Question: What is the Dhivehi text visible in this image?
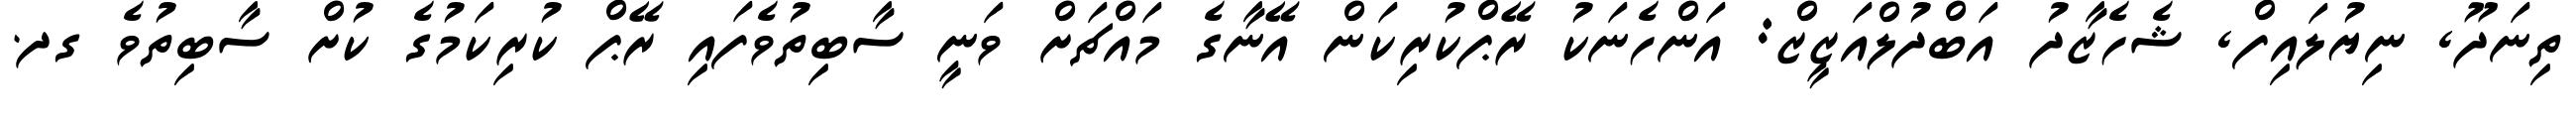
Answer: ތިނަދޫ, ނިޔުލައިފް, ޝެހެޒާދު އަބްދުލްއަޒީޒް: އަންހެނަކު ރޭޕްކުރިކަން އޭނާގެ މައްޗަށް ވަނީ ސާބިތުވެފައި ރޭޕް ކުރިކަމުގެ ކުށް ސާބިތުވެ ގދ.